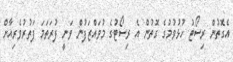
އެގޮތުން ރިސޯޓު ހުޅުވުމުގެ ގޮތުން އެ ރިސޯޓުގެ މުވައްޒަފުން ވަނީ ފުރަތަމަ ފަތުރުވެރިއާށް